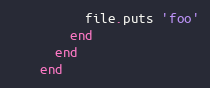
Language: Ruby
          file.puts 'foo'
        end
      end
    end